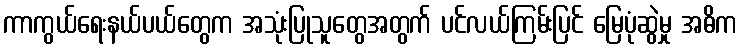
ကာကွယ်ရေးနယ်ပယ်တွေက အသုံးပြုသူတွေအတွက် ပင်လယ်ကြမ်းပြင် မြေပုံဆွဲမှု အဓိက